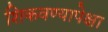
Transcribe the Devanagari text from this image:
शिकवण्यापेक्षा